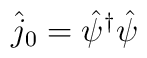
\hat{j}_{0}=\hat{\psi }^{\dagger }\hat{\psi }